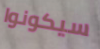
سيكونوا